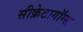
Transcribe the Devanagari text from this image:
सीक्रेटागॉग्स